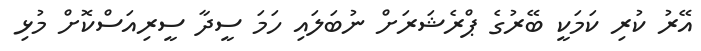
އޭރު ކުރި ކަމަކީ ބޭރުގެ ޕްރެޝަރަށް ނުބަލައި ހަމަ ސީދާ ސީރިއަސްކޮށް މުޅި